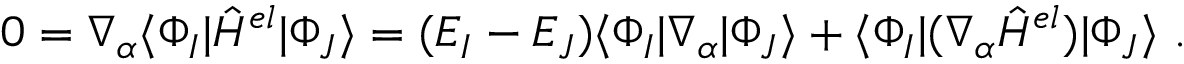
0 = \nabla _ { \alpha } \langle \Phi _ { I } | \hat { H } ^ { e l } | \Phi _ { J } \rangle = ( E _ { I } - E _ { J } ) \langle \Phi _ { I } | \nabla _ { \alpha } | \Phi _ { J } \rangle + \langle \Phi _ { I } | ( \nabla _ { \alpha } \hat { H } ^ { e l } ) | \Phi _ { J } \rangle ~ .